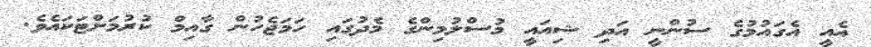
އެއީ އެގައުމުގެ ސުންނީ އަދި ޝިއައީ މުސްލުމިންގެ މެދުގައި ހަމަޖެހުން ގާއިމް ކުރުމަށްޓަކައެވެ.